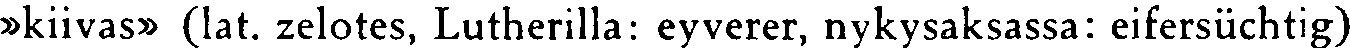
»kiivas» (lat. zelotes, Lutherilla: eyverer, nykysaksassa: eifersüchtig)